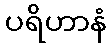
ပရိဟာနံ